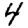
Digit: 4